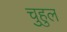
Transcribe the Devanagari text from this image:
चुहुल